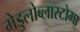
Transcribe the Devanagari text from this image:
मेडुलोब्लास्टोमा